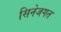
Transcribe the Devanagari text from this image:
सिनेजगत